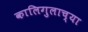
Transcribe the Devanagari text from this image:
कालिगुलाच्या